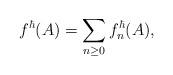
LaTeX: \begin{align*}f^\hbar(A)= \sum_{n\geq 0} f_n^\hbar(A),\end{align*}